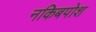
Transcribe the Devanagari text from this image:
नकिबपोश